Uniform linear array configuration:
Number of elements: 64
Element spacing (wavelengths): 1
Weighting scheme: uniform
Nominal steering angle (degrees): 45
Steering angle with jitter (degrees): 43.388
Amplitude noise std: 0.05
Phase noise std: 0.05

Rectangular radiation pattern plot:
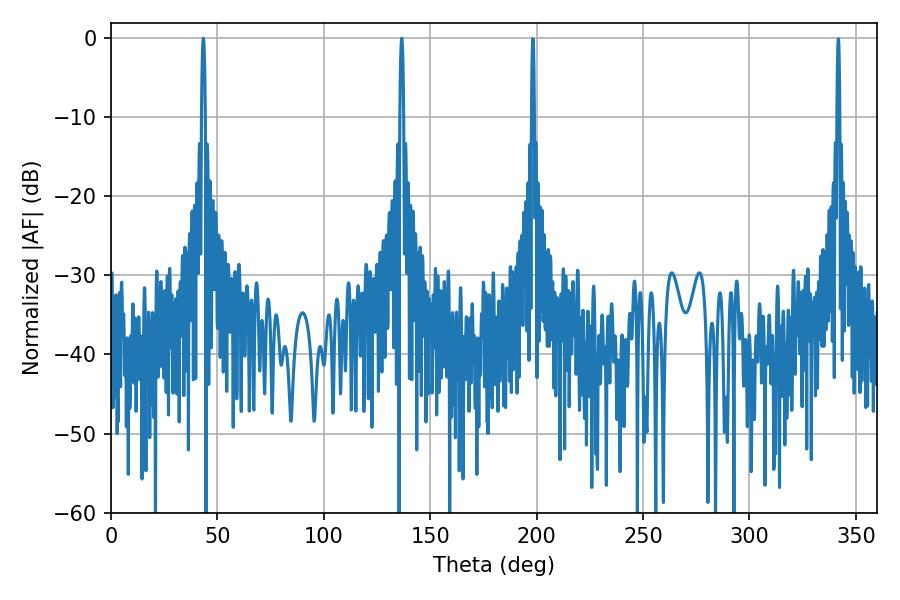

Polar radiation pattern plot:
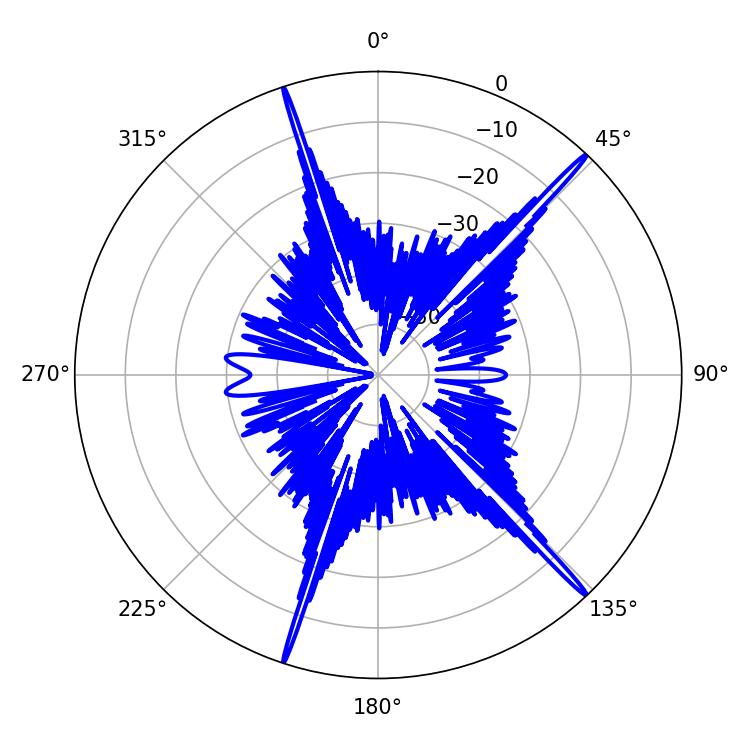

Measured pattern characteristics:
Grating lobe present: TRUE
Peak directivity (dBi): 20.229
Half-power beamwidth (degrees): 0.9
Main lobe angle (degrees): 43.38